Insane asylums in Bengal annual reports 1876-1887 - 1876-1887
Year: 1876
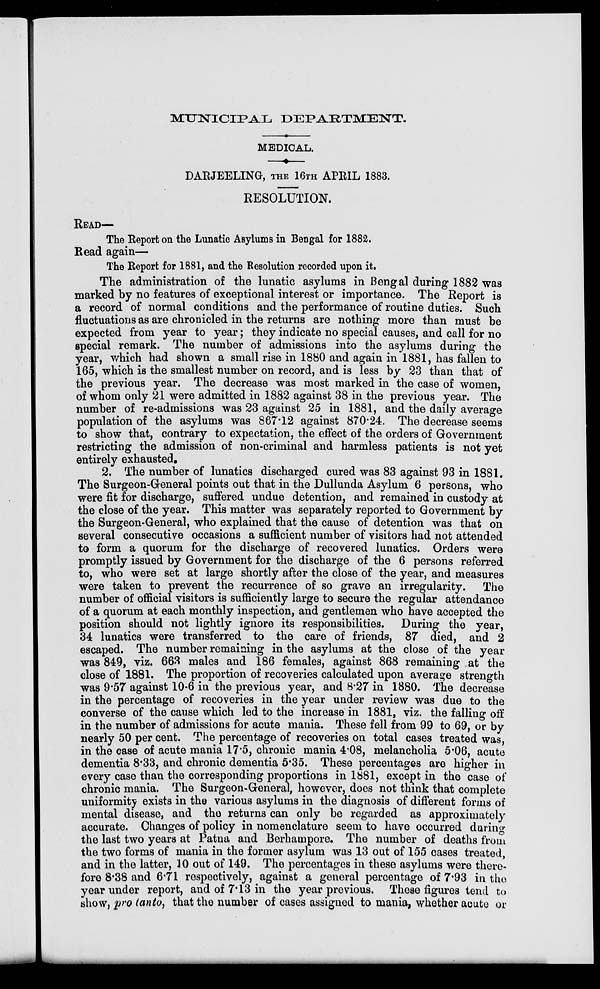
MUNICIPAL DEPARTMENT.
MEDICAL.
DARJEELING, THE 16TH APRIL 1883.
RESOLUTION.
READ—
The Report on the Lunatic Asylums in Bengal for 1882.
Read again—
The Report for 1881, and the Resolution recorded upon it.
The administration of the lunatic asylums in Bengal during 1882 was
marked by no features of exceptional interest or importance. The Report is
a record of normal conditions and the performance of routine duties. Such
fluctuations as are chronicled in the returns are nothing more than must be
expected from year to year; they indicate no special causes, and call for no
special remark. The number of admissions into the asylums during the
year, which had shown a small rise in 1880 and again in 1881, has fallen to
165, which is the smallest number on record, and is less by 23 than that of
the previous year. The decrease was most marked in the case of women,
of whom only 21 were admitted in 1882 against 38 in the previous year. The
number of re-admissions was 23 against 25 in 1881, and the daily average
population of the asylums was 867.12 against 870.24. The decrease seems
to show that, contrary to expectation, the effect of the orders of Government
restricting the admission of non-criminal and harmless patients is not yet
entirely exhausted.
2. The number of lunatics discharged cured was 83 against 93 in 1881.
The Surgeon-General points out that in the Dullunda Asylum 6 persons, who
were fit for discharge, suffered undue detention, and remained in custody at
the close of the year. This matter was separately reported to Government by
the Surgeon-General, who explained that the cause of detention was that on
several consecutive occasions a sufficient number of visitors had not attended
to form a quorum for the discharge of recovered lunatics. Orders were
promptly issued by Government for the discharge of the 6 persons referred
to, who were set at large shortly after the close of the year, and measures
were taken to prevent the recurrence of so grave an irregularity. The
number of official visitors is sufficiently large to secure the regular attendance
of a quorum at each monthly inspection, and gentlemen who have accepted the
position should not lightly ignore its responsibilities. During the year,
34 lunatics were transferred to the care of friends, 87 died, and 2
escaped. The number remaining in the asylums at the close of the year
was 849, viz. 663 males and 186 females, against 868 remaining at the
close of 1881. The proportion of recoveries calculated upon average strength
was 9.57 against 10.6 in the previous year, and 8.27 in 1880. The decrease
in the percentage of recoveries in the year under review was due to the
converse of the cause which led to the increase in 1881, viz. the falling off
in the number of admissions for acute mania. These fell from 99 to 69, or by
nearly 50 per cent. The percentage of recoveries on total cases treated was,
in the case of acute mania 17.5, chronic mania 4.08, melancholia 5.06, acute
dementia 8.33, and chronic dementia 5.35. These percentages are higher in
every case than the corresponding proportions in 1881, except in the case of
chronic mania. The Surgeon-General, however, does not think that complete
uniformity exists in the various asylums in the diagnosis of different forms of
mental disease, and the returns can only be regarded as approximately
accurate. Changes of policy in nomenclature seem to have occurred during
the last two years at Patna and Berhampore. The number of deaths from
the two forms of mania in the former asylum was 13 out of 155 cases treated,
and in the latter, 10 out of 149. The percentages in these asylums were there-
fore 8.38 and 6.71 respectively, against a general percentage of 7.93 in the
year under report, and of 7.13 in the year previous. These figures tend to
show, pro tanto, that the number of cases assigned to mania, whether acute or